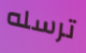
ترسله